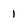
Character: 1